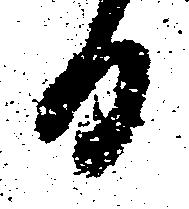
日